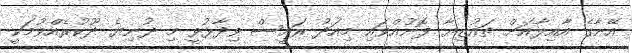
އޭނާގެ އާއިލާއަށް ތައުޒިޔާ ފޮނުއްވައި މިއަދު ރައީސް ވިދާޅުވީ މި ދުނިޔެ ދޫކުރެއްވުމަކީ